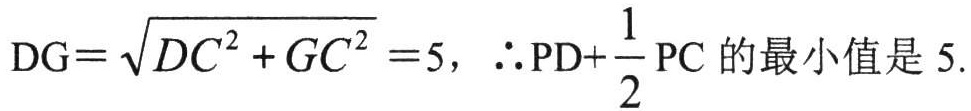
\(DG=\sqrt{DC^{2}+GC^{2}} =5，\therefore PD+\frac{1}{2}PC \text{ 的最小值是 } 5.\)